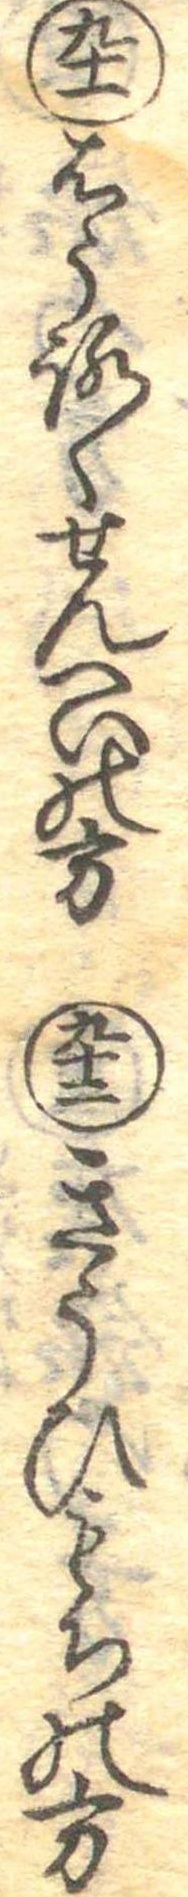
九十一はうろくせんへいの方九十二きうひもちの方